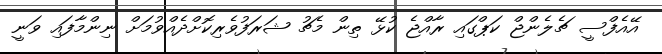
އޭއެފްސީ ޗެލެންޖް ކަޕްގައި ރާއްޖެ ކުޅޭ ތިން މެޗު ޝަރަފުވެރިކޮށްދެއްވުމަށް ނިންމާފައި ވަނީ